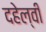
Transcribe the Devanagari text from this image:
दहेल्‍वी